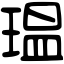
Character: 瑥